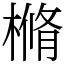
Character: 樇